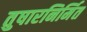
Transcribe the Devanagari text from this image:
तुषारनिर्मित